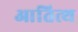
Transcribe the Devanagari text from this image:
आतित्थ